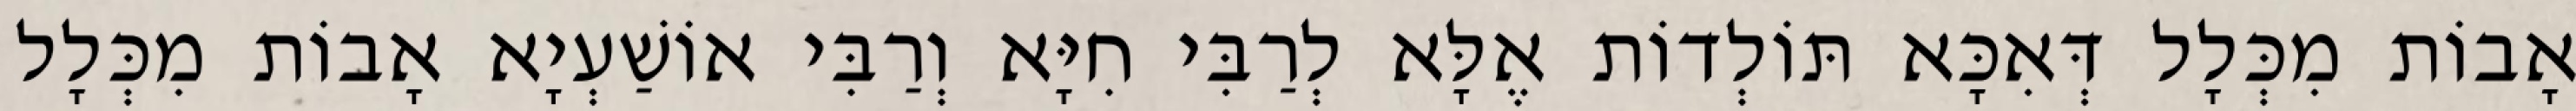
אָבוֹת מִכְּלָל דְּאִכָּא תּוֹלְדוֹת אֶלָּא לְרַבִּי חִיָּא וְרַבִּי אוֹשַׁעְיָא אָבוֹת מִכְּלָל